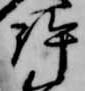
許